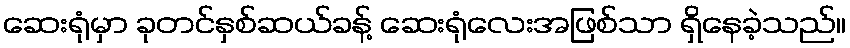
ဆေးရုံမှာ ခုတင်နှစ်ဆယ်ခန့် ဆေးရုံလေးအဖြစ်သာ ရှိနေခဲ့သည်။